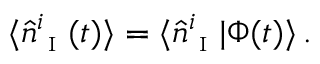
\langle \hat { n } _ { \textsc { i } } ^ { i } ( t ) \rangle = \langle \hat { n } _ { \textsc { i } } ^ { i } | \Phi ( t ) \rangle \, .